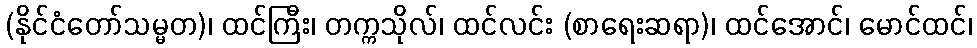
(နိုင်ငံတော်သမ္မတ)၊ ထင်ကြီး၊ တက္ကသိုလ်၊ ထင်လင်း (စာရေးဆရာ)၊ ထင်အောင်၊ မောင်ထင်၊